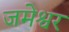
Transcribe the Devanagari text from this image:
जमेश्वर